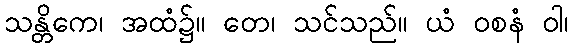
သန္တိကေ၊ အထံ၌။ တေ၊ သင်သည်။ ယံ ဝစနံ ဝါ၊